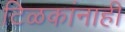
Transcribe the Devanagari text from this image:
टिळकांनाही